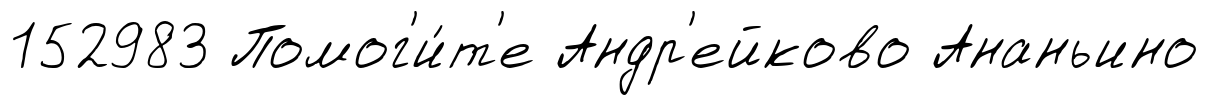
152983 Помог'и́т'е Андр'ейково Ананьино